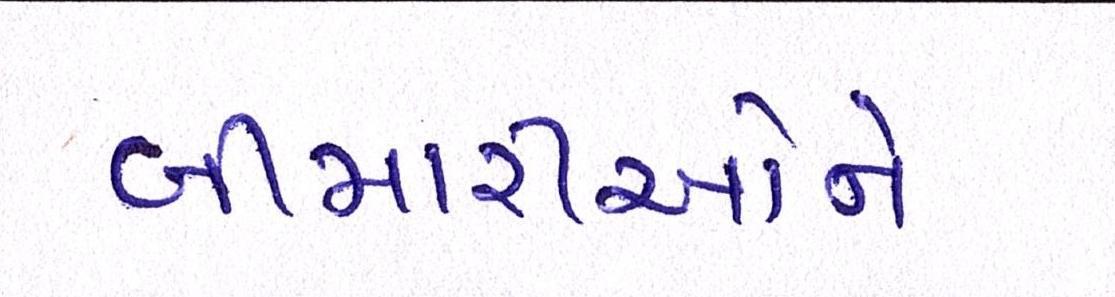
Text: બીમારીઓને